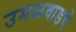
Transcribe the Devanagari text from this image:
उमळवाडचे